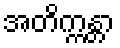
အတိက္ကန္တာ